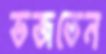
ভজতেন